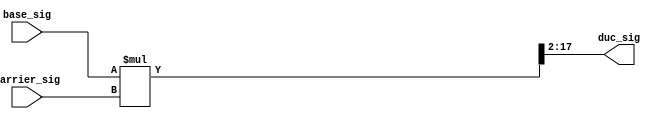
// ************************************************************
//
// Design Name: BPSK
// Module Name: duc.v
// Tool versions: VsCode
// Description: 
// Parameter:
// 1. BWIDTH: 
// 2. CWIDTH: 
// Input:
// 1. base_sig: 
// 2. carrier_sig: 
// Output:
// 1. duc_sig: 
// ************************************************************
module duc #(
    parameter BWIDTH = 2,
    parameter CWIDTH = 16
) (
    input [BWIDTH-1:0] base_sig,
    input [CWIDTH-1:0] carrier_sig,

    output wire [CWIDTH-1:0] duc_sig
);
    wire [BWIDTH + CWIDTH - 1:0] extend_duc_sig;
    assign extend_duc_sig = $signed(base_sig) * $signed(carrier_sig);
    assign duc_sig        = extend_duc_sig[BWIDTH+CWIDTH-1:BWIDTH];
endmodule